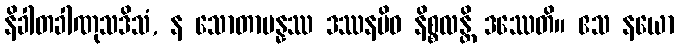
နိခါတခါဏုသဒိသံ, န သောတာပန္နဿ ဒဿနမိဝ နိစ္စလန္တိ ဒဿေတိ။ ဧသ နယော